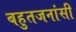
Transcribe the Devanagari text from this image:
बहुतजनांसी